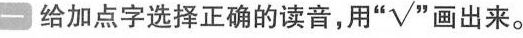
一 给加点字选择正确的读音，用“√” 出来。